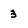
Character: 3